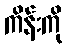
ကိန်းကို